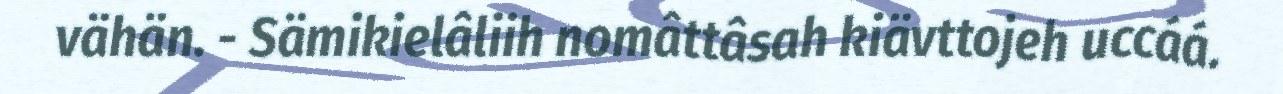
vähän. - Sämikielâliih nomâttâsah kiävttojeh uccáá.